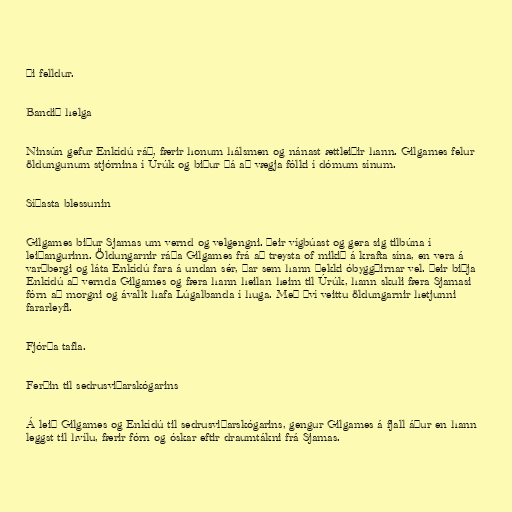
ði felldur.

Bandið helga

Ninsún gefur Enkídú ráð, færir honum hálsmen og nánast ættleiðir hann. Gilgames felur
öldungunum stjórnina í Úrúk og biður þá að vægja fólki í dómum sínum.

Síðasta blessunin

Gilgames biður Sjamas um vernd og velgengni. Þeir vígbúast og gera sig tilbúna í
leiðangurinn. Öldungarnir ráða Gilgames frá að treysta of mikið á krafta sína, en vera á
varðbergi og láta Enkídú fara á undan sér, þar sem hann þekki óbyggðirnar vel. Þeir biðja
Enkídú að vernda Gilgames og færa hann heilan heim til Úrúk, hann skuli færa Sjamasi
fórn að morgni og ávallt hafa Lúgalbanda í huga. Með því veittu öldungarnir hetjunni
fararleyfi.

Fjórða tafla.

Ferðin til sedrusviðarskógarins

Á leið Gilgames og Enkídú til sedrusviðarskógarins, gengur Gilgames á fjall áður en hann
leggst til hvílu, færir fórn og óskar eftir draumtákni frá Sjamas.